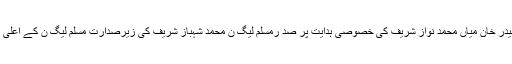
وزیر اعظم آزادکشمیرراجہ محمد فاروق حیدر خان میاں محمد نواز شریف کی خصوصی ہدایت پر صد رمسلم لیگ ن محمد شہباز شریف کی زیرصدارت مسلم لیگ ن کے اعلی ٰ سطحی اجلاس سے خطاب کر رہے تھے۔